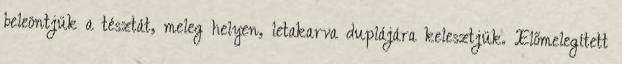
beleöntjük a tésztát, meleg helyen, letakarva duplájára kelesztjük. Előmelegített